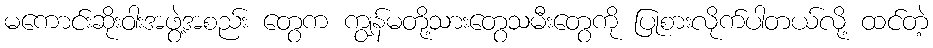
မကောင်းဆိုးဝါးအဖွဲ့အစည်း တွေက ကျွန်မတို့သားတွေသမီးတွေကို ပြုစားလိုက်ပါတယ်လို့ ထင်တဲ့